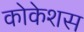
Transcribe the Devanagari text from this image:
कोकेशस